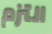
التزم